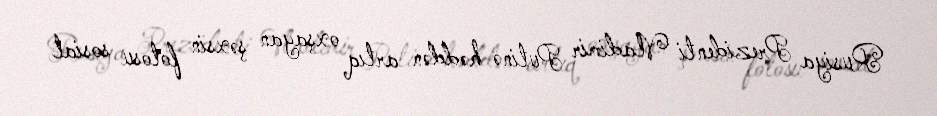
Rusiya Prezidenti Vladimir Putinə həddən artıq oxşayan şəxsin fotosu sosial